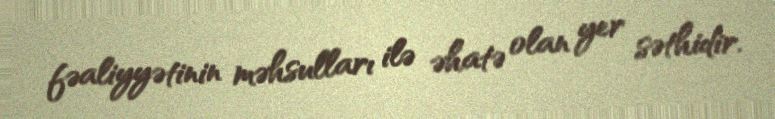
fəaliyyətinin məhsulları ilə əhatə olan yer səthidir.